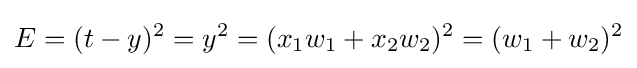
E=(t-y)^{2}=y^{2}=(x_{1}w_{1}+x_{2}w_{2})^{2}=(w_{1}+w_{2})^{2}